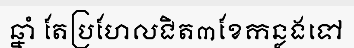
ឆ្នាំ តែប្រហែលជិត៣ខែកន្លងទៅ